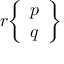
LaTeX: r { \left\{ \begin{array} { l } { p } \\ { q } \end{array} \right\} }